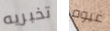
تخبريه غيوم